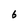
Character: 6